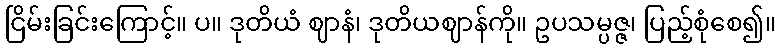
ငြိမ်းခြင်းကြောင့်။ ပ။ ဒုတိယံ ဈာနံ၊ ဒုတိယဈာန်ကို။ ဥပသမ္ပဇ္ဇ၊ ပြည့်စုံစေ၍။